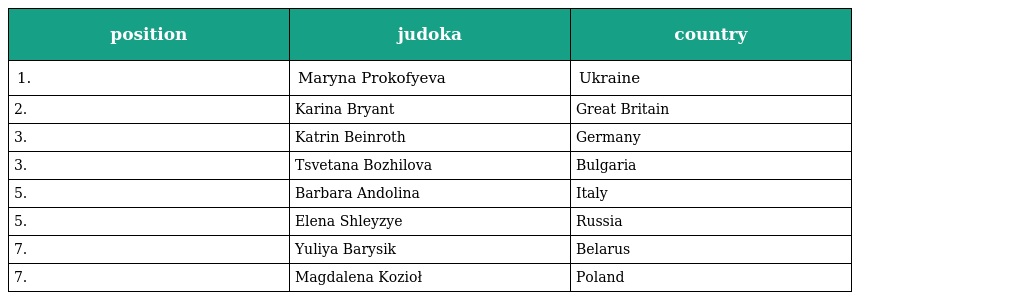
| position | judoka | country |
 | --- | --- | --- |
 | 1. | Maryna Prokofyeva | Ukraine |
 | 2. | Karina Bryant | Great Britain |
 | 3. | Katrin Beinroth | Germany |
 | 3. | Tsvetana Bozhilova | Bulgaria |
 | 5. | Barbara Andolina | Italy |
 | 5. | Elena Shleyzye | Russia |
 | 7. | Yuliya Barysik | Belarus |
 | 7. | Magdalena Kozioł | Poland |